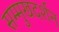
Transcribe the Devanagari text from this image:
सम्मुखदर्शन